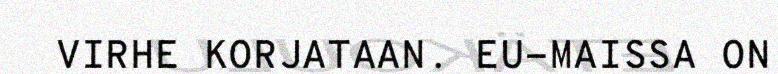
VIRHE KORJATAAN. EU-MAISSA ON